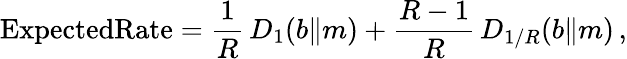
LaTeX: \mathrm{{ExpectedRate}}={\frac{1}{R}}\, D_{1}(b\| m)+{\frac{R-1}{R}}\, D_{1/R}(b\| m)\, ,